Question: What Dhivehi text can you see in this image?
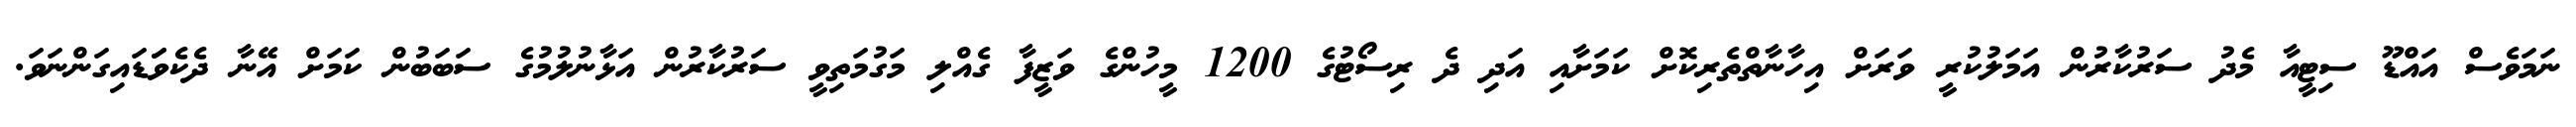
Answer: ނަމަވެސް އައްޑޫ ސިޓީއާ މެދު ސަރުކާރުން އަމަލުކުރީ ވަރަށް އިހާނާތްތެރިކޮށް ކަމަށާއި އަދި ދެ ރިސޯޓުގެ 1200 މީހުންގެ ވަޒީފާ ގެއްލި މަގުމަތިވީ ސަރުކާރުން އަޅާނުލުމުގެ ސަބަބުން ކަމަށް އޭނާ ދެކެވަަޑައިގަންނަވަ.